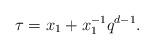
LaTeX: \begin{align*} \tau = x_1 + x_1^{-1} q^{d-1}.\end{align*}